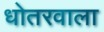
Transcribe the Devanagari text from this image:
धोतरवाला